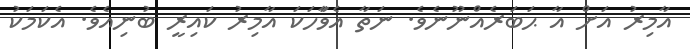
އާމިރު އަށް އާ ޙަބަރެއްނޫނެވެ. ނަތާ އެވަާހަކަ އާމިރު ކައިރީ ބުނިއެވެ. އެކަމަކު